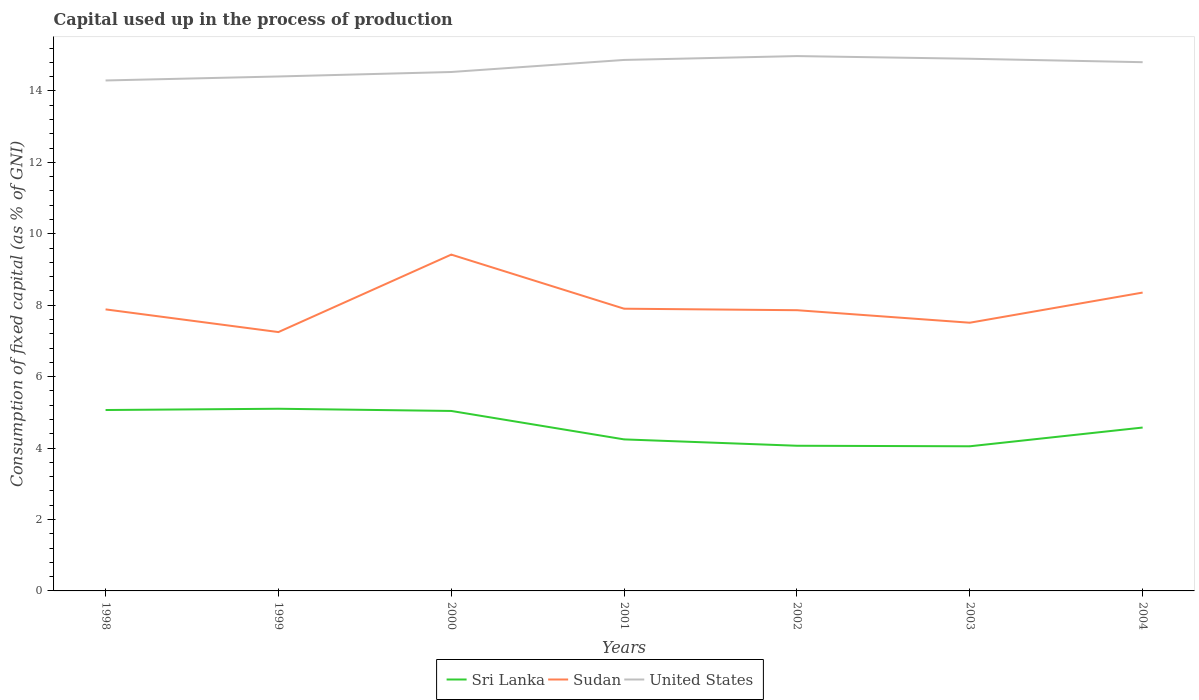
| Years | Sri Lanka | Sudan | United States |
 | --- | --- | --- | --- |
 | 1998 | 5.07 | 7.88 | 14.3 |
 | 1999 | 5.1 | 7.25 | 14.4 |
 | 2000 | 5.04 | 9.42 | 14.5 |
 | 2001 | 4.24 | 7.9 | 14.9 |
 | 2002 | 4.06 | 7.86 | 15 |
 | 2003 | 4.05 | 7.51 | 14.9 |
 | 2004 | 4.57 | 8.35 | 14.8 |